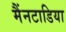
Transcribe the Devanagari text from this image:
मैंनटाडिया